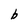
Character: b